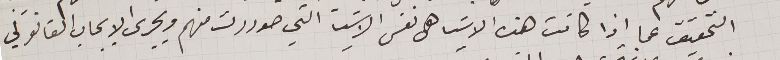
التحقيق عما اذا كانت هذه الاشيا هى نفس الاشيا التي صودرت منهم ويجرى الايجاب القانوني